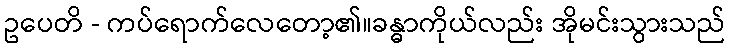
ဥပေတိ - ကပ်ရောက်လေတော့၏။ခန္ဓာကိုယ်လည်း အိုမင်းသွားသည်